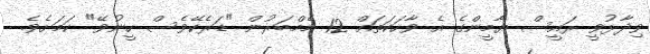
ވިދާޅުވީ ރައީސް ޔާމީންގެ އެ ވާހަކަތައް 12 މެމްބަރުން "ޑަރެކޭވެސް ހީނުވޭ" ކަމަށެވެ.